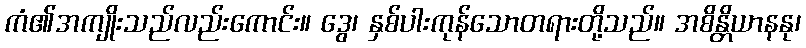
ကံ၏အကျိုးသည်လည်းကောင်း။ ဒွေ၊ နှစ်ပါးကုန်သောတရားတို့သည်။ အစိန္တိယာနနု၊